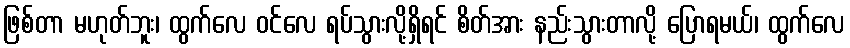
ဖြစ်တာ မဟုတ်ဘူး၊ ထွက်လေ ဝင်လေ ရပ်သွားလို့ရှိရင် စိတ်အား နည်းသွားတာလို့ ပြောရမယ်၊ ထွက်လေ